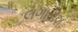
લગાડીશ